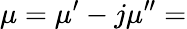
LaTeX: \mu=\mu^{\prime}-j\mu^{\prime\prime}=